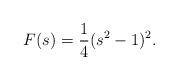
LaTeX: \begin{align*}F(s)=\frac{1}{4}(s^2-1)^2.\end{align*}